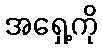
အရှေ့ကို